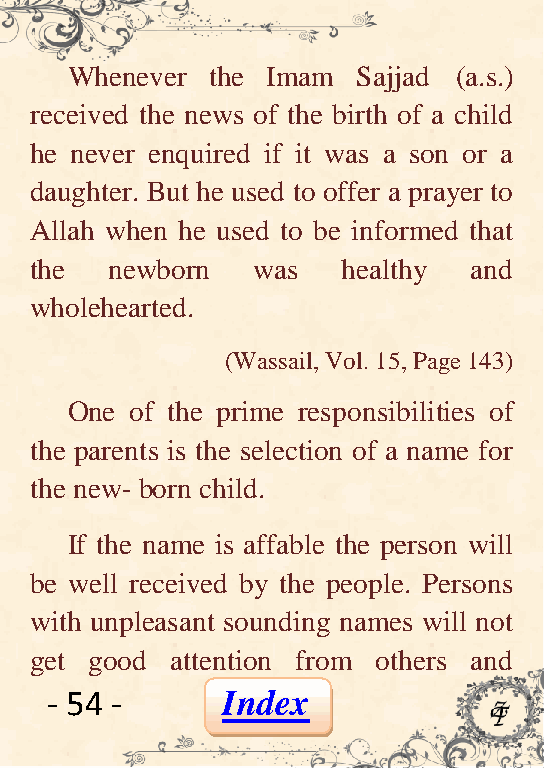
Whenever  the Imam  Sajjad (a.s.)
 received the news of the birth of a child
 he never enquired if it was a son or a
 daughter. But he used to offer a prayer to
 Allah when he used to be informed that
 the  newborn   was   healthy and
 wholehearted.
 (Wassail, Vol. 15, Page 143)
 One  of the prime responsibilities of
 the parents is the selection of a name for
 the new- born child.
 If the name is affable the person will
 be well received by the people. Persons
 with unpleasant sounding names will not
 get good attention from others and
 - 54 -      Index